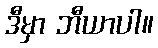
ဒီမှာ ဘီယာပါ။